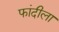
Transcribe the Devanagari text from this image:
फांदीला